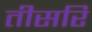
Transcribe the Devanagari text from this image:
तीसरि